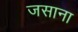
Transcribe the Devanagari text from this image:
जसाना